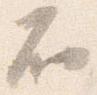
不